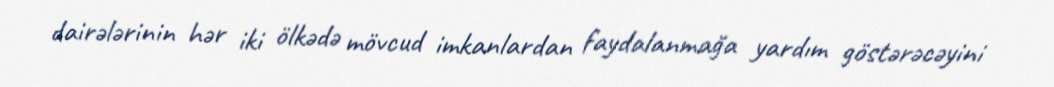
dairələrinin hər iki ölkədə mövcud imkanlardan faydalanmağa yardım göstərəcəyini